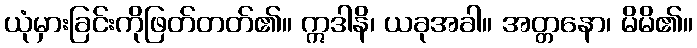
ယုံမှားခြင်းကိုဖြတ်တတ်၏။ ဣဒါနိ၊ ယခုအခါ။ အတ္တနော၊ မိမိ၏။